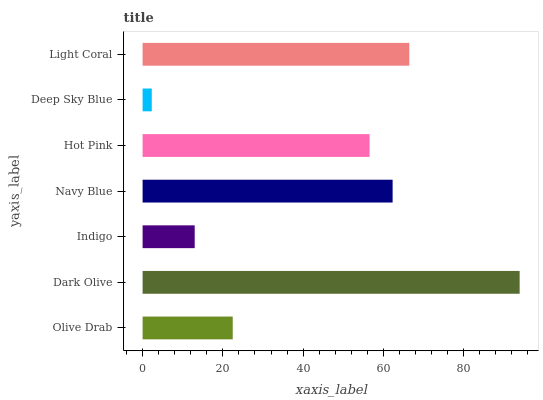
| yaxis_label | bars |
 | --- | --- |
 | Olive Drab | 22.5 |
 | Dark Olive | 93.9 |
 | Indigo | 13 |
 | Navy Blue | 62.3 |
 | Hot Pink | 56.5 |
 | Deep Sky Blue | 2.29 |
 | Light Coral | 66.4 |